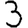
Digit: 3